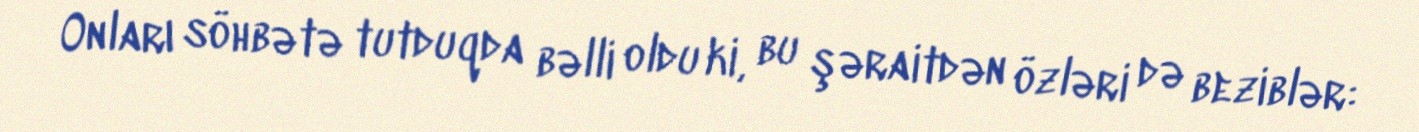
Onları söhbətə tutduqda bəlli oldu ki, bu şəraitdən özləri də beziblər: